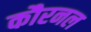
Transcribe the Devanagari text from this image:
कौरनल